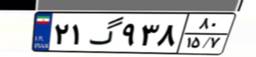
۲۱گ۹۳۸۸۰